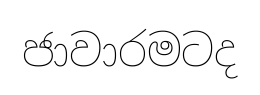
ජාවාරමටද